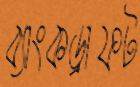
ব্যাংকড্রাফট